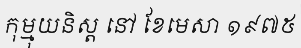
កុម្មុយនិស្ត នៅ ខែមេសា ១៩៧៥